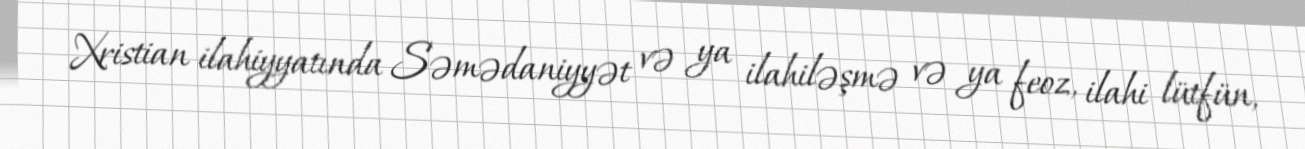
Xristian ilahiyyatında Səmədaniyyət və ya ilahiləşmə və ya feoz, ilahi lütfün,